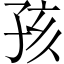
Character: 孩